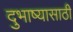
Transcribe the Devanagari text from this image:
दुभाष्यासाठी